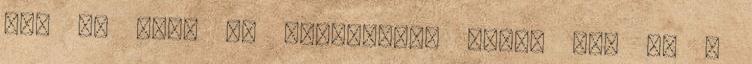
nem az élet az elsődleges nálam se, de a